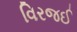
વિરજઈ